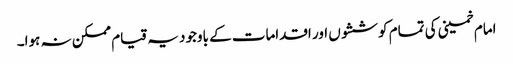
امام خمینی کی تمام کوششوں اور اقدامات کے باوجود یہ قیام ممکن نہ ہوا۔